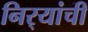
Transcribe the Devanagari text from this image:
निर्‍यांची